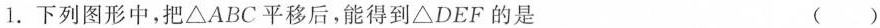
1.下列图形中，把\triangle ABC平移后，能得到\triangle DEF的是 ( )